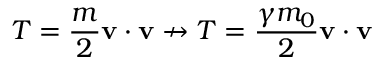
T = { \frac { m } { 2 } } \mathbf { v } \cdot \mathbf { v } \nrightarrow T = { \frac { \gamma m _ { 0 } } { 2 } } \mathbf { v } \cdot \mathbf { v }